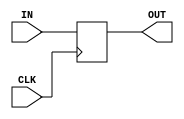
module Latch_16 (CLK, IN, OUT);
	
	input CLK;
	input [15:0] IN; 
	output reg [15:0] OUT;

	
	always @ (posedge CLK)
	begin
	
		OUT = IN;
		
	end
	
endmodule